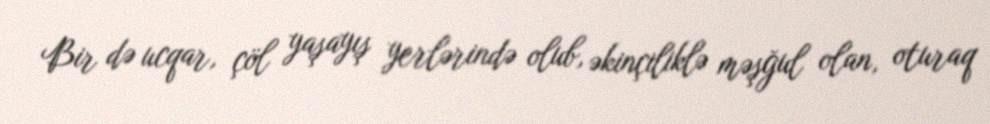
Bir də ucqar, çöl yaşayış yerlərində olub, əkinçiliklə məşğul olan, oturaq